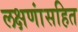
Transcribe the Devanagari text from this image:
लक्षणांसहित